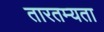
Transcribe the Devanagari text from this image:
तारतम्‍यता